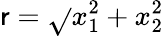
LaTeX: \mathsf{r}=\sqrt{}{{x_{1}^{2}+x_{2}^{2}}}